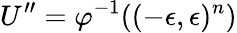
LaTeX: U^{\prime\prime}=\varphi^{-1}((-\epsilon,\epsilon)^{n})